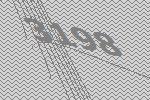
3198